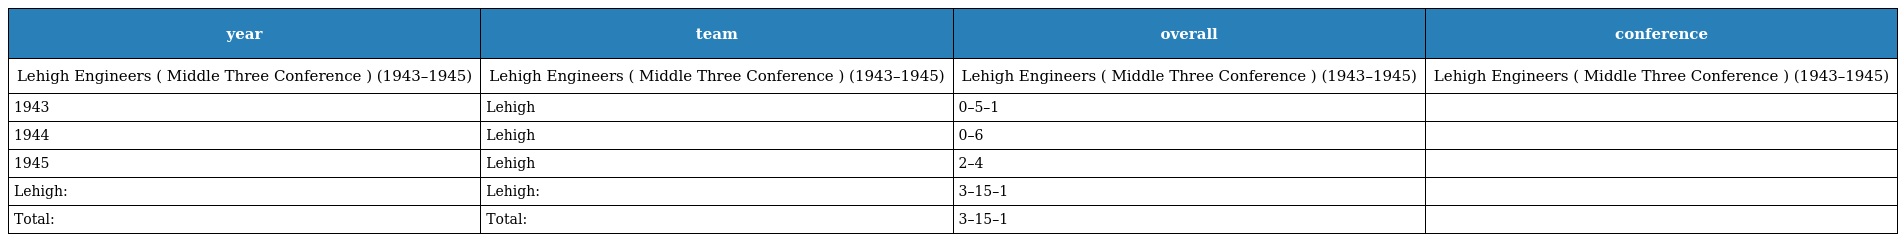
| year | team | overall | conference |
 | --- | --- | --- | --- |
 | Lehigh Engineers ( Middle Three Conference ) (1943–1945) | Lehigh Engineers ( Middle Three Conference ) (1943–1945) | Lehigh Engineers ( Middle Three Conference ) (1943–1945) | Lehigh Engineers ( Middle Three Conference ) (1943–1945) |
 | 1943 | Lehigh | 0–5–1 |  |
 | 1944 | Lehigh | 0–6 |  |
 | 1945 | Lehigh | 2–4 |  |
 | Lehigh: | Lehigh: | 3–15–1 |  |
 | Total: | Total: | 3–15–1 |  |